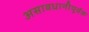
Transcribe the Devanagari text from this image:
असावधानीपूर्वक